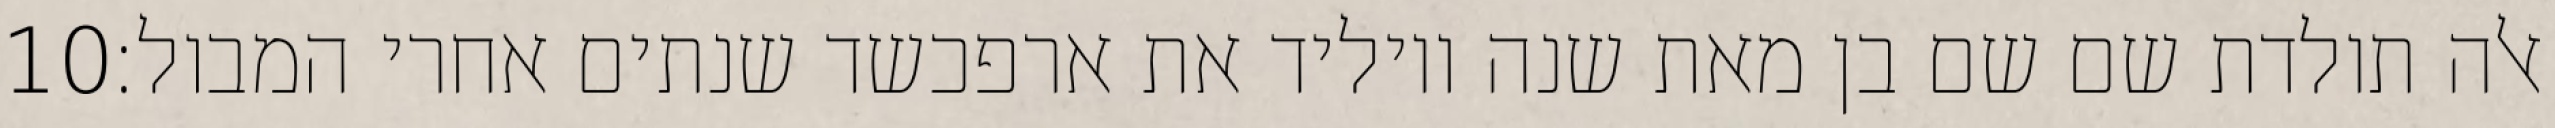
‎10‏ אלה תולדת שם שם בן מאת שנה ויוליד את ארפכשד שנתים אחרי המבול׃